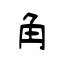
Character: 角